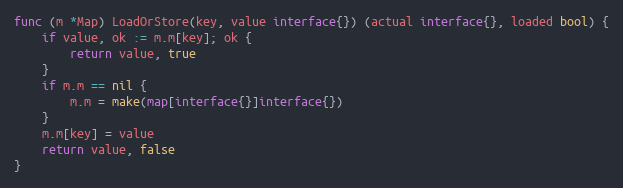
Language: Go
func (m *Map) LoadOrStore(key, value interface{}) (actual interface{}, loaded bool) {
	if value, ok := m.m[key]; ok {
		return value, true
	}
	if m.m == nil {
		m.m = make(map[interface{}]interface{})
	}
	m.m[key] = value
	return value, false
}